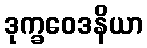
ဒုက္ခဝေဒနိယာ